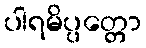
ပါရမိပ္ပတ္တော